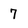
Character: 7